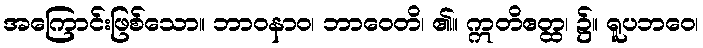
အကြောင်းဖြစ်သော။ ဘာဝနာဝ၊ ဘာဝေတိ၊ ၏။ ဣတိဧတ္ထ၊ ၌။ ရူပဘဝေ၊